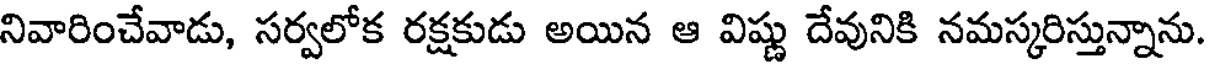
నివారించేవాడు, సర్వలోక రక్షకుడు అయిన ఆ విష్ణు దేవునికి నమస్కరిస్తున్నాను.